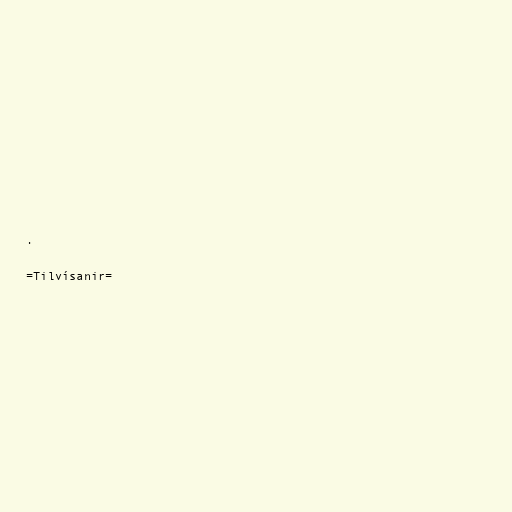
.

=Tilvísanir=